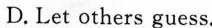
D. Let others guess.